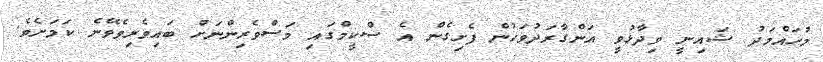
މުހައްމަދު ޝައިނީ ވިދާޅުވީ އަންގާރަދުވަހުން ފެށިގެން އެ ސްކީމްގައި މަސްވެރިންނަށް ބައިވެރިވެވޭނެ ކަމަށެވެ.